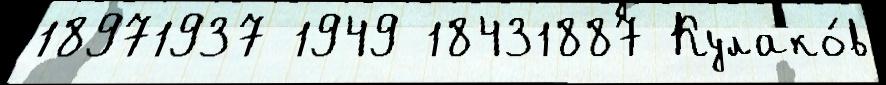
18971937 1949 18431887 Кулако́в